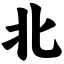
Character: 北